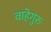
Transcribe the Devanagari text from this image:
वाहेगुरु